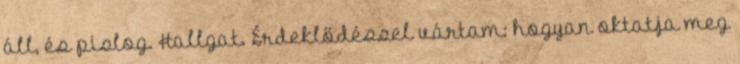
áll, és pislog. Hallgat. Érdeklődéssel vártam: hogyan oktatja meg